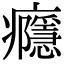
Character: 癮